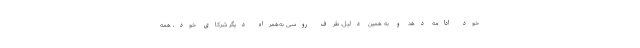
خود ادامه دهد و به همین دلیل، طرف روسی به‌همراه دیگر شرکای خود، همه